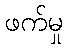
ဖက်မှု